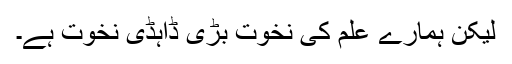
لیکن ہمارے علم کی نخوت بڑی ڈاہڈی نخوت ہے۔